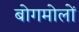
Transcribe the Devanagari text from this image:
बोगमोलों